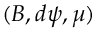
( B , d \psi , \mu )